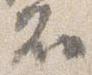
不